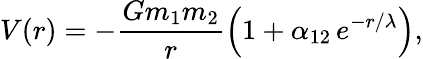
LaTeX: V(r)=-\frac{Gm_{1}m_{2}}{r}\left(1+\alpha_{12}\, e^{-r/\lambda}\right),